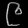
Digit: ၉